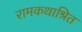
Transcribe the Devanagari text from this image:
रामकथाश्रित